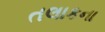
તલાકના